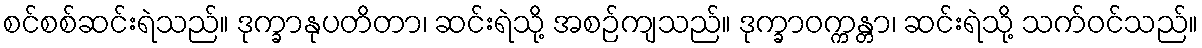
စင်စစ်ဆင်းရဲသည်။ ဒုက္ခာနုပတိတာ၊ ဆင်းရဲသို့ အစဉ်ကျသည်။ ဒုက္ခာဝက္ကန္တာ၊ ဆင်းရဲသို့ သက်ဝင်သည်။